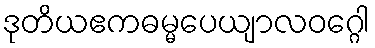
ဒုတိယဧကဓမ္မပေယျာလဝဂ္ဂေါ